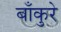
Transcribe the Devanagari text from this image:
बाँकुरे